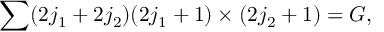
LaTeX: \sum ( 2 j _ { 1 } + 2 j _ { 2 } ) ( 2 j _ { 1 } + 1 ) \times ( 2 j _ { 2 } + 1 ) = G ,